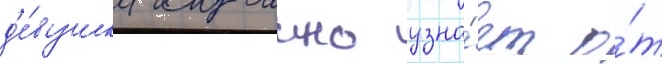
д'е́вушка случаино узна́ет о́т